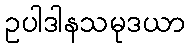
ဥပါဒါနသမုဒယာ